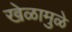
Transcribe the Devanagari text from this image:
खेळामुळे